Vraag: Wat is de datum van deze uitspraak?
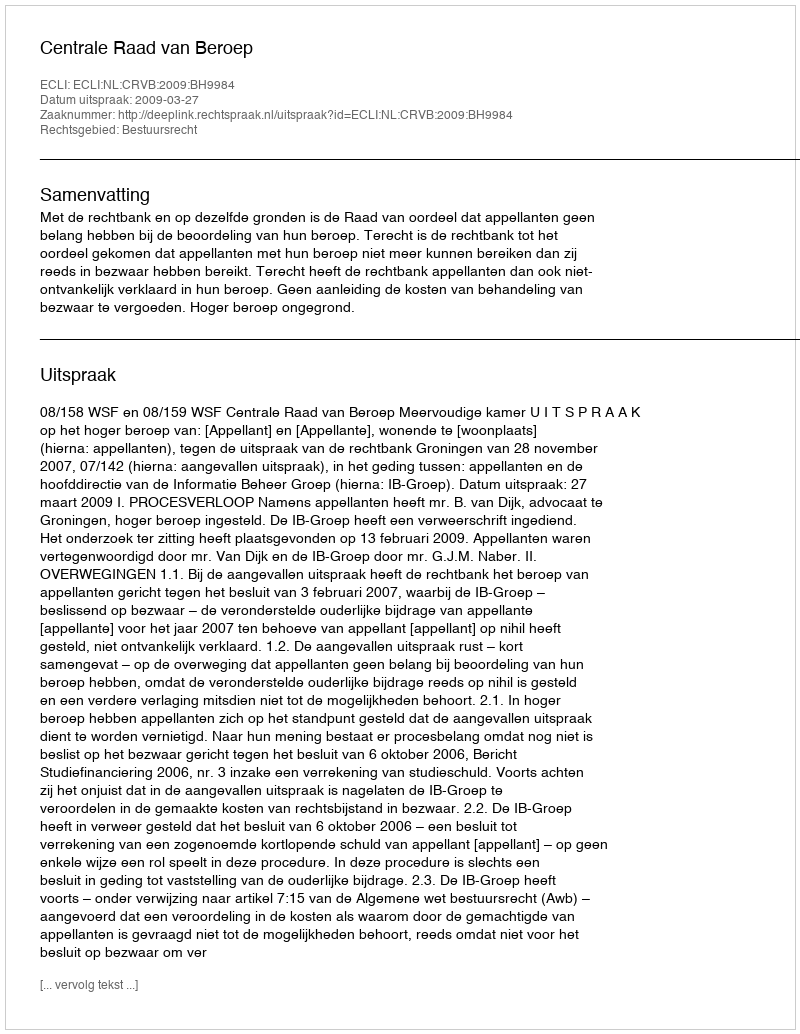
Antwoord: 2009-03-27